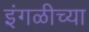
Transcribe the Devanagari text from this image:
इंगळीच्या